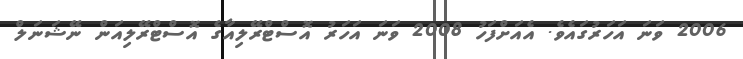
2006 ވަނަ އަހަރުގައެވެ. އެއަށްފަހު 2008 ވަނަ އަހަރު އޮސްޓްރޭލިއާގެ އޮސްޓްރޭލިއަން ނޭޝަނަލް